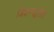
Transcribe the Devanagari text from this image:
जिवनपद्धतीत